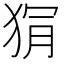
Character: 𭸏